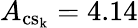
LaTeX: A_{\mathrm{{cs_{k}}}}=4.14